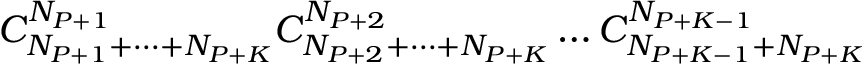
C _ { N _ { P + 1 } + \dots + N _ { P + K } } ^ { N _ { P + 1 } } C _ { N _ { P + 2 } + \dots + N _ { P + K } } ^ { N _ { P + 2 } } \dots C _ { N _ { P + K - 1 } + N _ { P + K } } ^ { N _ { P + K - 1 } }